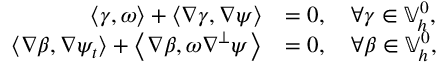
\begin{array} { r l } { \left\langle \gamma , \omega \right\rangle + \left\langle \nabla \gamma , \nabla \psi \right\rangle } & { = 0 , \quad \forall \gamma \in \mathbb { V } _ { h } ^ { 0 } , } \\ { \left\langle \nabla \beta , \nabla \psi _ { t } \right\rangle + \left\langle \nabla \beta , \omega \nabla ^ { \perp } \psi \right\rangle } & { = 0 , \quad \forall \beta \in \mathbb { V } _ { h } ^ { 0 } , } \end{array}